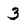
Character: 3